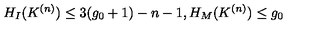
H _ { I } ( K ^ { ( n ) } ) \leq 3 ( g _ { 0 } + 1 ) - n - 1 , H _ { M } ( K ^ { ( n ) } ) \leq g _ { 0 }